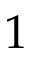
1